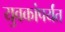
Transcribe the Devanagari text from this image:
युवकांपर्यंत